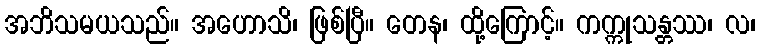
အဘိသမယသည်။ အဟောသိ၊ ဖြစ်ပြီ။ တေန၊ ထို့ကြောင့်။ ကက္ကုသန္တဿ၊ လ၊